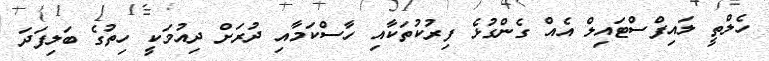
ހެލްތީ ލައިފްސްޓައިލް އެއް ގެންގުޅެ ފިރުކުތަކާއި ހާސްކަމާއި ދުރަށް ދިއުމަކީ ހިތުގެ ބަލިފަދަ